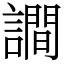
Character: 𧬘